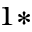
^ { 1 \ast }